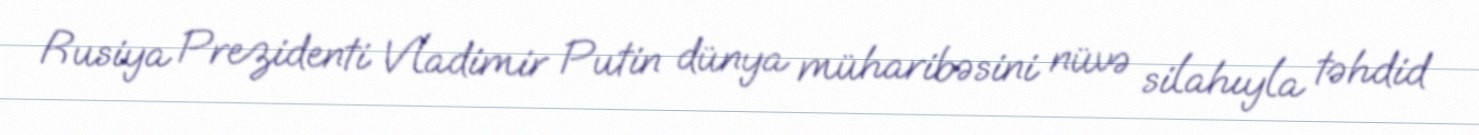
Rusiya Prezidenti Vladimir Putin dünya müharibəsini nüvə silahıyla təhdid